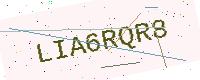
Text: LIA6RQR8